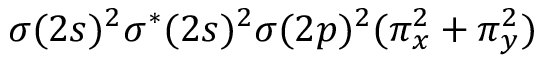
\sigma ( 2 s ) ^ { 2 } \sigma ^ { * } ( 2 s ) ^ { 2 } \sigma ( 2 p ) ^ { 2 } ( \pi _ { x } ^ { 2 } + \pi _ { y } ^ { 2 } )